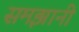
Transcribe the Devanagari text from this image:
समझानी